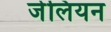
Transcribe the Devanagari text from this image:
जेलियन